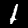
Label: 1